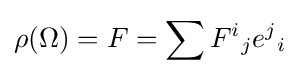
\rho (\Omega )=F=\sum {F^{i}}_{j}{e^{j}}_{i}